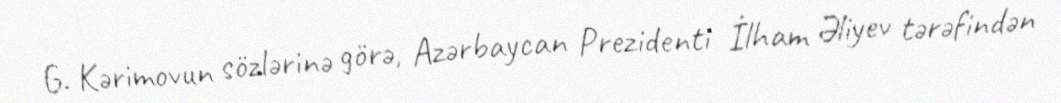
G. Kərimovun sözlərinə görə, Azərbaycan Prezidenti İlham Əliyev tərəfindən